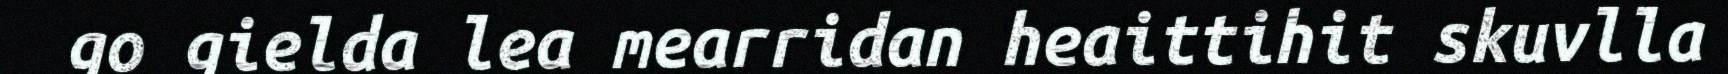
go gielda lea mearridan heaittihit skuvlla